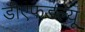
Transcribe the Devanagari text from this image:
डीएफडल्‍यू